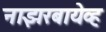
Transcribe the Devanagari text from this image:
नाझरबायेव्ह